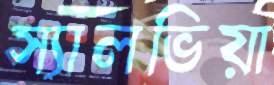
স্যালভিয়া